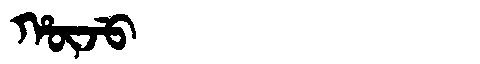
Manchu: ᡥᡡᠵᡠ
Romanization: HŪJU